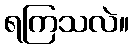
ရကြသလဲ။